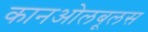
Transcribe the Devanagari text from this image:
कानओलबूलस